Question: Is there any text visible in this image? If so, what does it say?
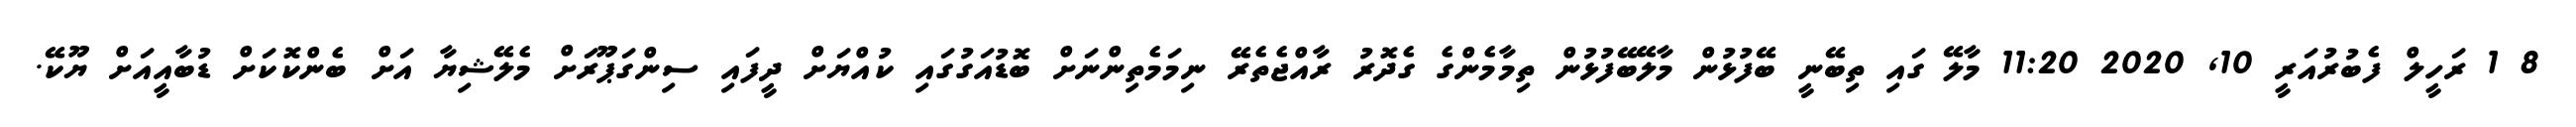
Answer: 8 1 ރަހީލް ފެބުރުއަރީ 10, 2020 11:20 މާލޭ ގައި ތިބޭނީ ބޭފުޅުން މާލޭބޭފުޅުން ތިމާމެންގެ ގެދޮރު ރާއްޖެތެރޭ ނިމަމެތިންނަށް ބޮޑުއަގުގައި ކުއްޔަށް ދީފައި ސިންގަޕޫރަށް މެލޭޝިޔާ އަށް ބެންކޮކަށް ޑުބާއީއަށް ޔޫކޭ.